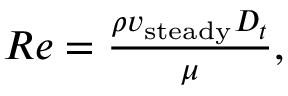
\begin{array} { r } { R e = \frac { \rho v _ { \mathrm { s t e a d y } } D _ { t } } { \mu } , } \end{array}